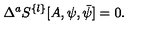
\Delta ^ { a } S ^ { \{ l \} } [ A , \psi , \bar { \psi } ] = 0 .